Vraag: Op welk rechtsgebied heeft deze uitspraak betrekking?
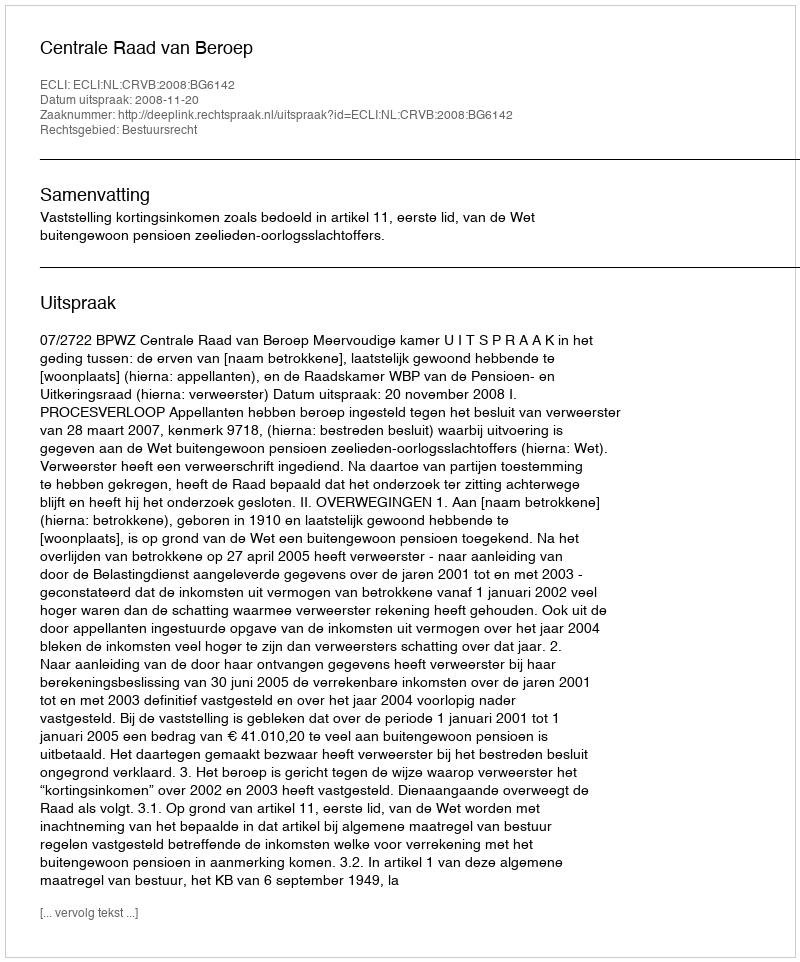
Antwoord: Bestuursrecht